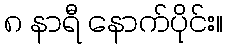
၈ နာရီ နောက်ပိုင်း။